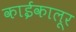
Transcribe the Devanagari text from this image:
काईकालूर